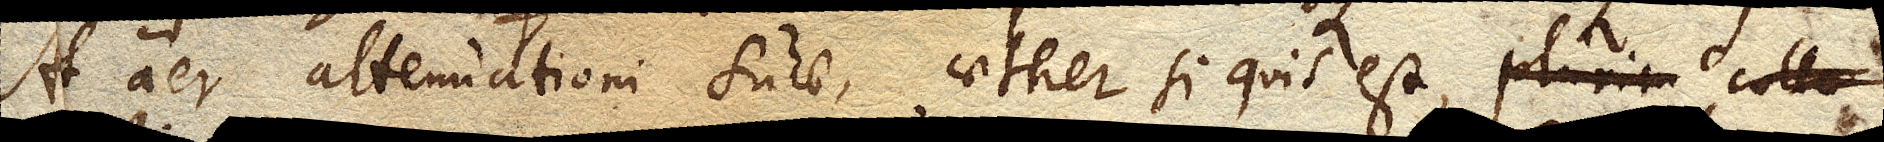
At aer attenuationi suae, aether si quis est,